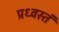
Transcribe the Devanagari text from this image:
प्रध्वस्तं